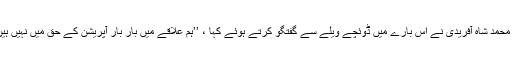
خیبر ایجنسی سے تعلق رکھنے والے سینٹر محمد شاہ آفریدی نے اس بارے میں ڈوئچے ویلے سے گفتگو کرتے ہوئے کہا ، ’’ہم علاقے میں بار بار آپریشن کے حق میں نہیں ہیں جنگ سے مسائل کبھی حل نہیں ہوسکتے۔